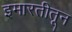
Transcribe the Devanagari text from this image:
इमारतीतून